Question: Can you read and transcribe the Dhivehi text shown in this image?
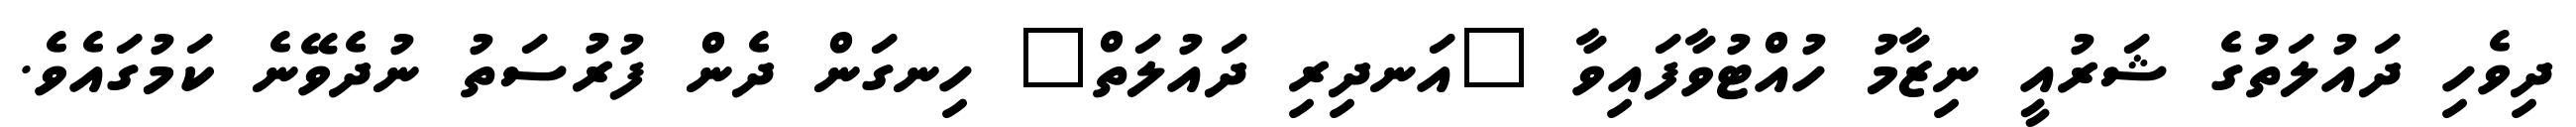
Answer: ދިވެހި ދައުލަތުގެ ޝަރުއީ ނިޒާމު ހުއްޓުވާފައިވާ "އަނދިރި ދައުލަތް" ހިނގަން ދެން ފުރުސަތު ނުދެވޭނެ ކަމުގައެވެ.